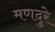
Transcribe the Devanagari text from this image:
मणदुरे